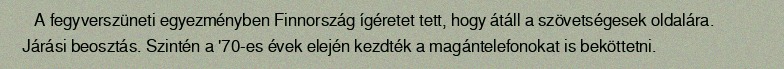
A fegyverszüneti egyezményben Finnország ígéretet tett, hogy átáll a szövetségesek oldalára. Járási beosztás. Szintén a '70-es évek elején kezdték a magántelefonokat is beköttetni.